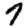
Digit: 7